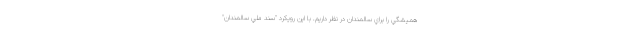
هميشگي را براي سالمندان در نظر داريم. با اين رويكرد "سند ملي سالمندان"